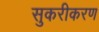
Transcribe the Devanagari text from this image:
सुकरीकरण